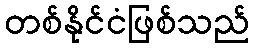
တစ်နိုင်ငံဖြစ်သည်